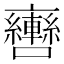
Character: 𨏯